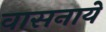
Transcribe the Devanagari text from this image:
वासनायें